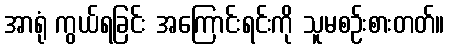
အာရုံ ကွယ်ရခြင်း အကြောင်းရင်းကို သူမစဉ်းစားတတ်။